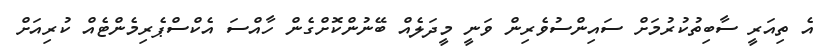
އެ ތިއަރީ ސާބިތުކުރުމަށް ސައިންސުވެރިން ވަނީ މީދަލެއް ބޭނުންކޮށްގެން ހާއްސަ އެކްސްޕެރިމެންޓެއް ކުރިއަށް